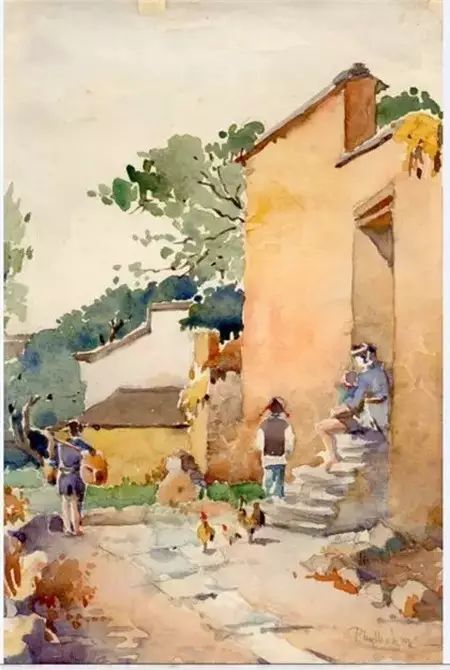
城隅南对望陵台，漳水东流不复回。